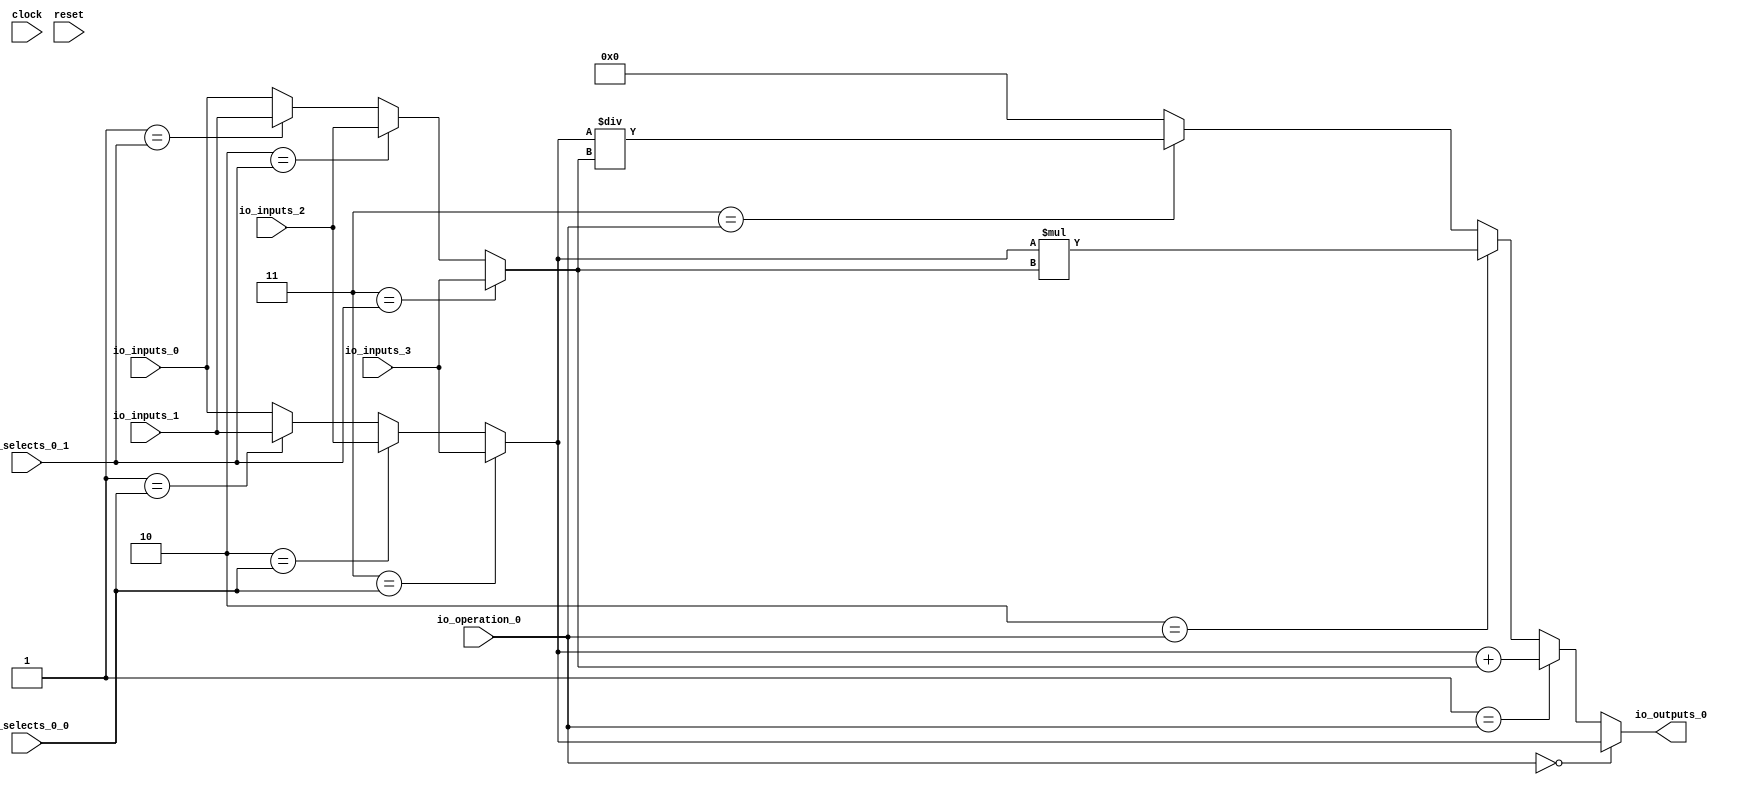
module MuxTest_width_16_inputs_4_outputs_1_pipeline_0( // @[:@3.2]
  input         clock, // @[:@4.4]
  input         reset, // @[:@5.4]
  input  [1:0]  io_selects_0_0, // @[:@6.4]
  input  [1:0]  io_selects_0_1, // @[:@6.4]
  input  [2:0]  io_operation_0, // @[:@6.4]
  input  [15:0] io_inputs_0, // @[:@6.4]
  input  [15:0] io_inputs_1, // @[:@6.4]
  input  [15:0] io_inputs_2, // @[:@6.4]
  input  [15:0] io_inputs_3, // @[:@6.4]
  output [15:0] io_outputs_0 // @[:@6.4]
);
  wire [15:0] _GEN_1; // @[MuxTest_width_16_inputs_4_outputs_1_pipeline_0s.scala 32:53:@8.4]
  wire [15:0] _GEN_2; // @[MuxTest_width_16_inputs_4_outputs_1_pipeline_0s.scala 32:53:@8.4]
  wire [15:0] _GEN_3; // @[MuxTest_width_16_inputs_4_outputs_1_pipeline_0s.scala 32:53:@8.4]
  wire [15:0] _GEN_5; // @[MuxTest_width_16_inputs_4_outputs_1_pipeline_0s.scala 32:53:@8.4]
  wire [15:0] _GEN_6; // @[MuxTest_width_16_inputs_4_outputs_1_pipeline_0s.scala 32:53:@8.4]
  wire [15:0] _GEN_7; // @[MuxTest_width_16_inputs_4_outputs_1_pipeline_0s.scala 32:53:@8.4]
  wire [16:0] _T_128; // @[MuxTest_width_16_inputs_4_outputs_1_pipeline_0s.scala 32:53:@8.4]
  wire [15:0] _T_129; // @[MuxTest_width_16_inputs_4_outputs_1_pipeline_0s.scala 32:53:@9.4]
  wire [31:0] _T_131; // @[MuxTest_width_16_inputs_4_outputs_1_pipeline_0s.scala 33:58:@10.4]
  wire [15:0] _T_133; // @[MuxTest_width_16_inputs_4_outputs_1_pipeline_0s.scala 34:56:@11.4]
  wire  _T_134; // @[Mux.scala 46:19:@12.4]
  wire [15:0] _T_135; // @[Mux.scala 46:16:@13.4]
  wire  _T_136; // @[Mux.scala 46:19:@14.4]
  wire [31:0] _T_137; // @[Mux.scala 46:16:@15.4]
  wire  _T_138; // @[Mux.scala 46:19:@16.4]
  wire [31:0] _T_139; // @[Mux.scala 46:16:@17.4]
  wire  _T_140; // @[Mux.scala 46:19:@18.4]
  wire [31:0] _T_141; // @[Mux.scala 46:16:@19.4]
  assign _GEN_1 = 2'h1 == io_selects_0_0 ? io_inputs_1 : io_inputs_0; // @[MuxTest_width_16_inputs_4_outputs_1_pipeline_0s.scala 32:53:@8.4]
  assign _GEN_2 = 2'h2 == io_selects_0_0 ? io_inputs_2 : _GEN_1; // @[MuxTest_width_16_inputs_4_outputs_1_pipeline_0s.scala 32:53:@8.4]
  assign _GEN_3 = 2'h3 == io_selects_0_0 ? io_inputs_3 : _GEN_2; // @[MuxTest_width_16_inputs_4_outputs_1_pipeline_0s.scala 32:53:@8.4]
  assign _GEN_5 = 2'h1 == io_selects_0_1 ? io_inputs_1 : io_inputs_0; // @[MuxTest_width_16_inputs_4_outputs_1_pipeline_0s.scala 32:53:@8.4]
  assign _GEN_6 = 2'h2 == io_selects_0_1 ? io_inputs_2 : _GEN_5; // @[MuxTest_width_16_inputs_4_outputs_1_pipeline_0s.scala 32:53:@8.4]
  assign _GEN_7 = 2'h3 == io_selects_0_1 ? io_inputs_3 : _GEN_6; // @[MuxTest_width_16_inputs_4_outputs_1_pipeline_0s.scala 32:53:@8.4]
  assign _T_128 = _GEN_3 + _GEN_7; // @[MuxTest_width_16_inputs_4_outputs_1_pipeline_0s.scala 32:53:@8.4]
  assign _T_129 = _GEN_3 + _GEN_7; // @[MuxTest_width_16_inputs_4_outputs_1_pipeline_0s.scala 32:53:@9.4]
  assign _T_131 = _GEN_3 * _GEN_7; // @[MuxTest_width_16_inputs_4_outputs_1_pipeline_0s.scala 33:58:@10.4]
  assign _T_133 = _GEN_3 / _GEN_7; // @[MuxTest_width_16_inputs_4_outputs_1_pipeline_0s.scala 34:56:@11.4]
  assign _T_134 = 3'h3 == io_operation_0; // @[Mux.scala 46:19:@12.4]
  assign _T_135 = _T_134 ? _T_133 : 16'h0; // @[Mux.scala 46:16:@13.4]
  assign _T_136 = 3'h2 == io_operation_0; // @[Mux.scala 46:19:@14.4]
  assign _T_137 = _T_136 ? _T_131 : {{16'd0}, _T_135}; // @[Mux.scala 46:16:@15.4]
  assign _T_138 = 3'h1 == io_operation_0; // @[Mux.scala 46:19:@16.4]
  assign _T_139 = _T_138 ? {{16'd0}, _T_129} : _T_137; // @[Mux.scala 46:16:@17.4]
  assign _T_140 = 3'h0 == io_operation_0; // @[Mux.scala 46:19:@18.4]
  assign _T_141 = _T_140 ? {{16'd0}, _GEN_3} : _T_139; // @[Mux.scala 46:16:@19.4]
  assign io_outputs_0 = _T_141[15:0]; // @[MuxTest_width_16_inputs_4_outputs_1_pipeline_0s.scala 23:14:@20.4]
endmodule